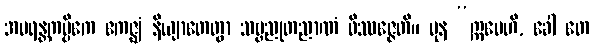
အပရန္တကပ္ပိကေ ဧကဇ္ဈံ နိယျာတေတွာ သဗ္ဗညုတညာဏံ ဝိဿဇ္ဇေတိ။ ပုန “ဣမေဟိ, ခေါ တေ